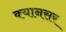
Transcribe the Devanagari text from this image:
क्यानसर